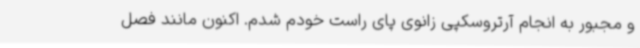
و مجبور به انجام آرتروسکپی زانوی پای راست خودم شدم. اکنون مانند فصل